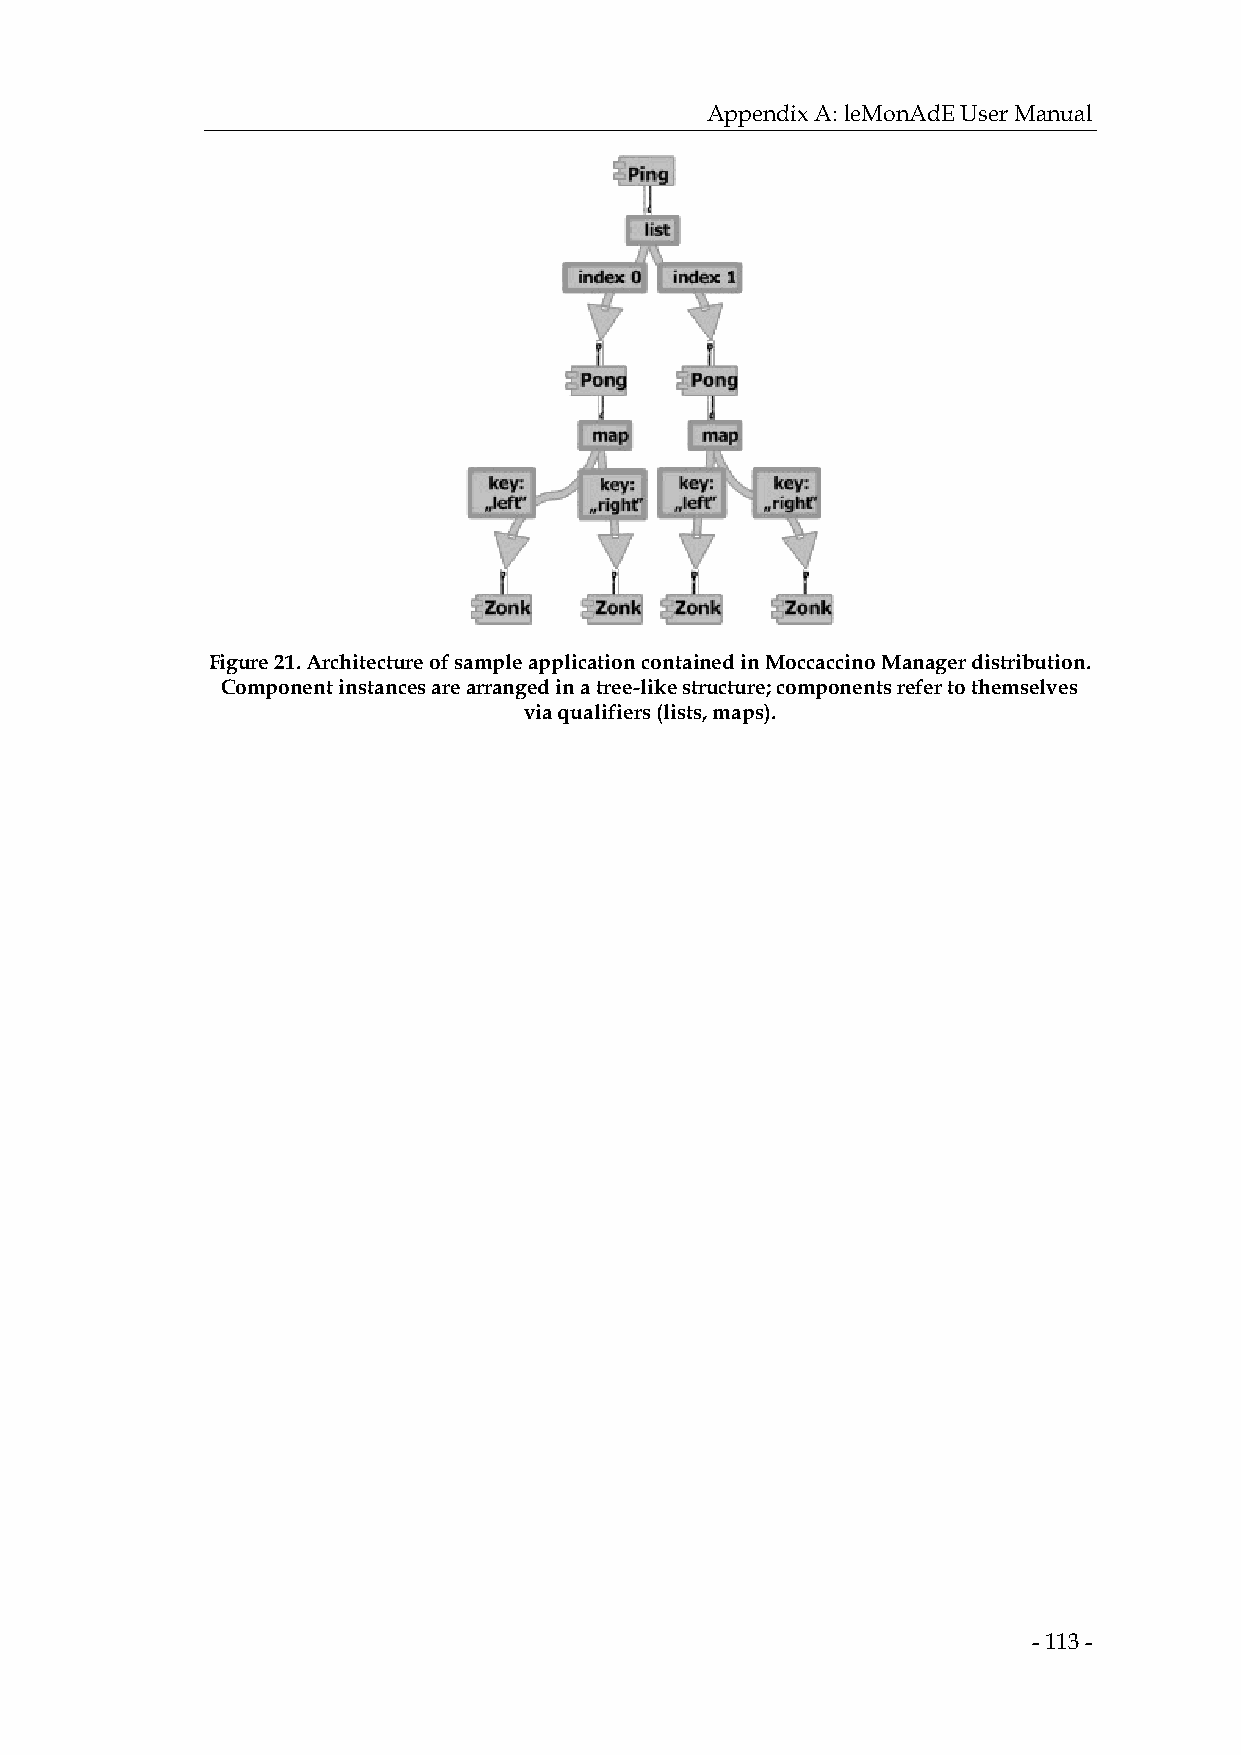
Appendix A: leMonAdE User Manual
 Figure 21. Architecture of sample application contained in Moccaccino Manager distribution.
 Component instances are arranged in a tree-like structure; components refer to themselves
 via qualifiers (lists, maps).
 - 113 -